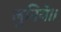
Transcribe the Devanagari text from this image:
लुनिये।।